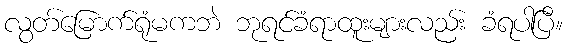
လွတ်မြောက်ရုံမကဘဲ ဘုရင်ခံရာထူးများလည်း ခံရပါပြီ။